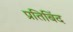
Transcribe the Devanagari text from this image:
प्रतिबिंद